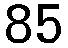
85